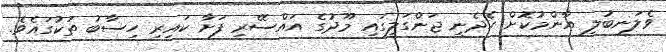
ވެލަނބުލި އާންމުކޮށް ހެދެނީ ޖަންގަލީގައި މޫދުގެ އައްސޭރި ފަށާ ކައިރި ހިސާބު ތަކުގައެވެ.